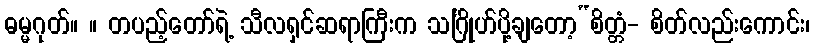
ဓမ္မဂုတ်။ ။ တပည့်တော်ရဲ့ သီလရှင်ဆရာကြီးက သင်္ဂြိုဟ်ပို့ချတော့“စိတ္တံ- စိတ်လည်းကောင်း၊